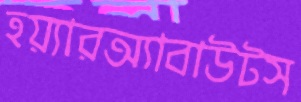
হয়্যারঅ্যাবাউটস